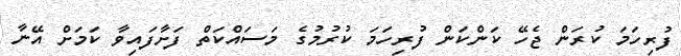
ފުރިހަމަ ކުރަން ޖެހޭ ކަންކަން ފުރިހަމަ ކުރުމުގެ މަސައްކަތް ފަށާފައިވާ ކަމަށް އޭނާ